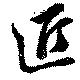
匠